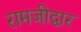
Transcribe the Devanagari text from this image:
रामजीद्वार